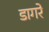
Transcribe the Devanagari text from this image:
डागरे